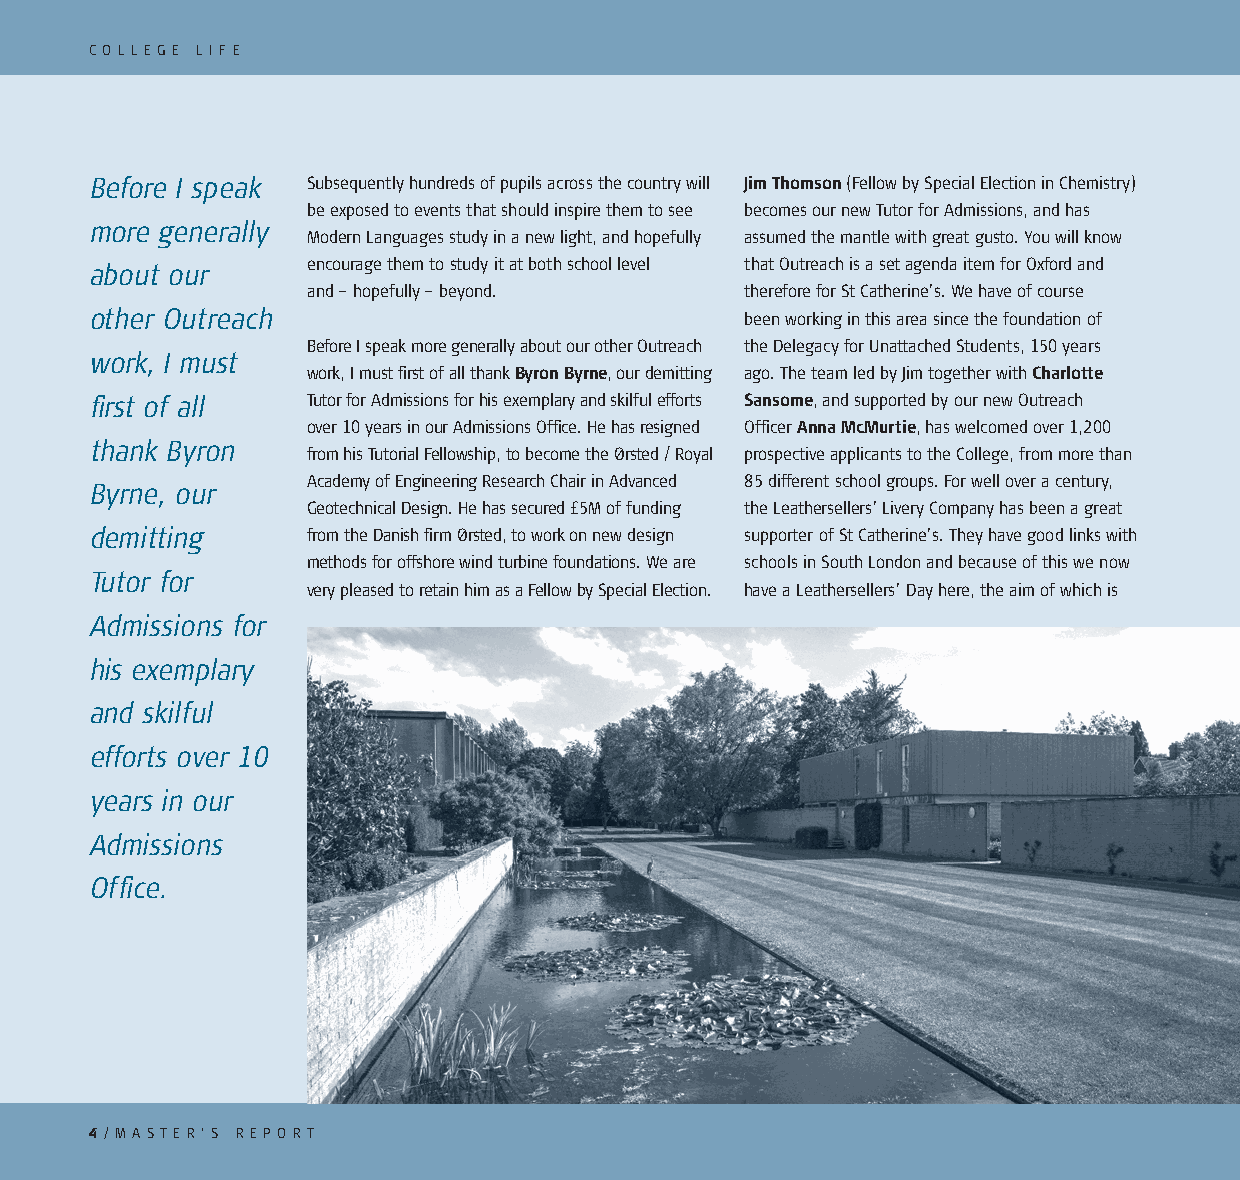
C O L L E G E L I F E
 Before I speak Subsequently hundreds of pupils across the country will Jim Thomson (Fellow by Special Election in Chemistry)
 be exposed to events that should inspire them to see becomes our new Tutor for Admissions, and has
 more generally
 Modern Languages study in a new light, and hopefully assumed the mantle with great gusto. You will know
 about our     encourage them to study it at both school level that Outreach is a set agenda item for Oxford and
 and – hopefully – beyond.    therefore for St Catherine’s. We have of course
 other Outreach                             been working in this area since the foundation of
 Before I speak more generally about our other Outreach the Delegacy for Unattached Students, 150 years
 work, I must
 work, I must first of all thank Byron Byrne, our demitting ago. The team led by Jim together with Charlotte
 first of all  Tutor for Admissions for his exemplary and skilful efforts Sansome, and supported by our new Outreach
 over 10 years in our Admissions Office. He has resigned Officer Anna McMurtie, has welcomed over 1,200
 thank Byron
 from his Tutorial Fellowship, to become the Ørsted / Royal prospective applicants to the College, from more than
 Academy of Engineering Research Chair in Advanced 85 different school groups. For well over a century,
 Byrne, our
 Geotechnical Design. He has secured £5M of funding the Leathersellers’ Livery Company has been a great
 demitting     from the Danish firm Ørsted, to work on new design supporter of St Catherine’s. They have good links with
 methods for offshore wind turbine foundations. We are schools in South London and because of this we now
 Tutor for
 very pleased to retain him as a Fellow by Special Election. have a Leathersellers’ Day here, the aim of which is
 Admissions for
 his exemplary
 and skilful
 efforts over 10
 years in our
 Admissions
 Office.
 4 / M A ST E R ’ S R E P O RT